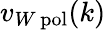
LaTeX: v_{W\, \mathrm{pol}}(k)